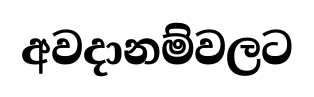
අවදානම්වලට